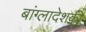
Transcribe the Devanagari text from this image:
बांग्लादेशकी